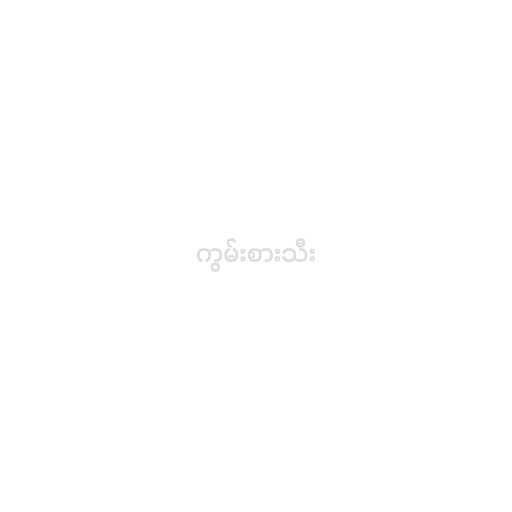
ကွမ်းစားသီး